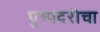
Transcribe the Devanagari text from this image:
पुष्पदरीचा